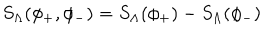
LaTeX: S _ { \Lambda } ( \phi _ { + } , \phi _ { - } ) = S _ { \Lambda } ( \phi _ { + } ) - S _ { \Lambda } ( \phi _ { - } )